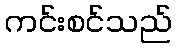
ကင်းစင်သည်